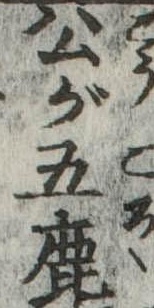
公が五鹿